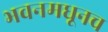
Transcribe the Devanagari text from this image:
भवनमधूनच